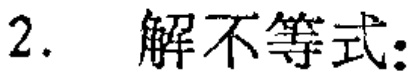
2. 解不等式：